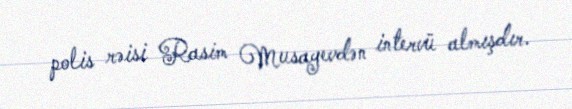
polis rəisi Rasim Musayevdən intervü almışdır.